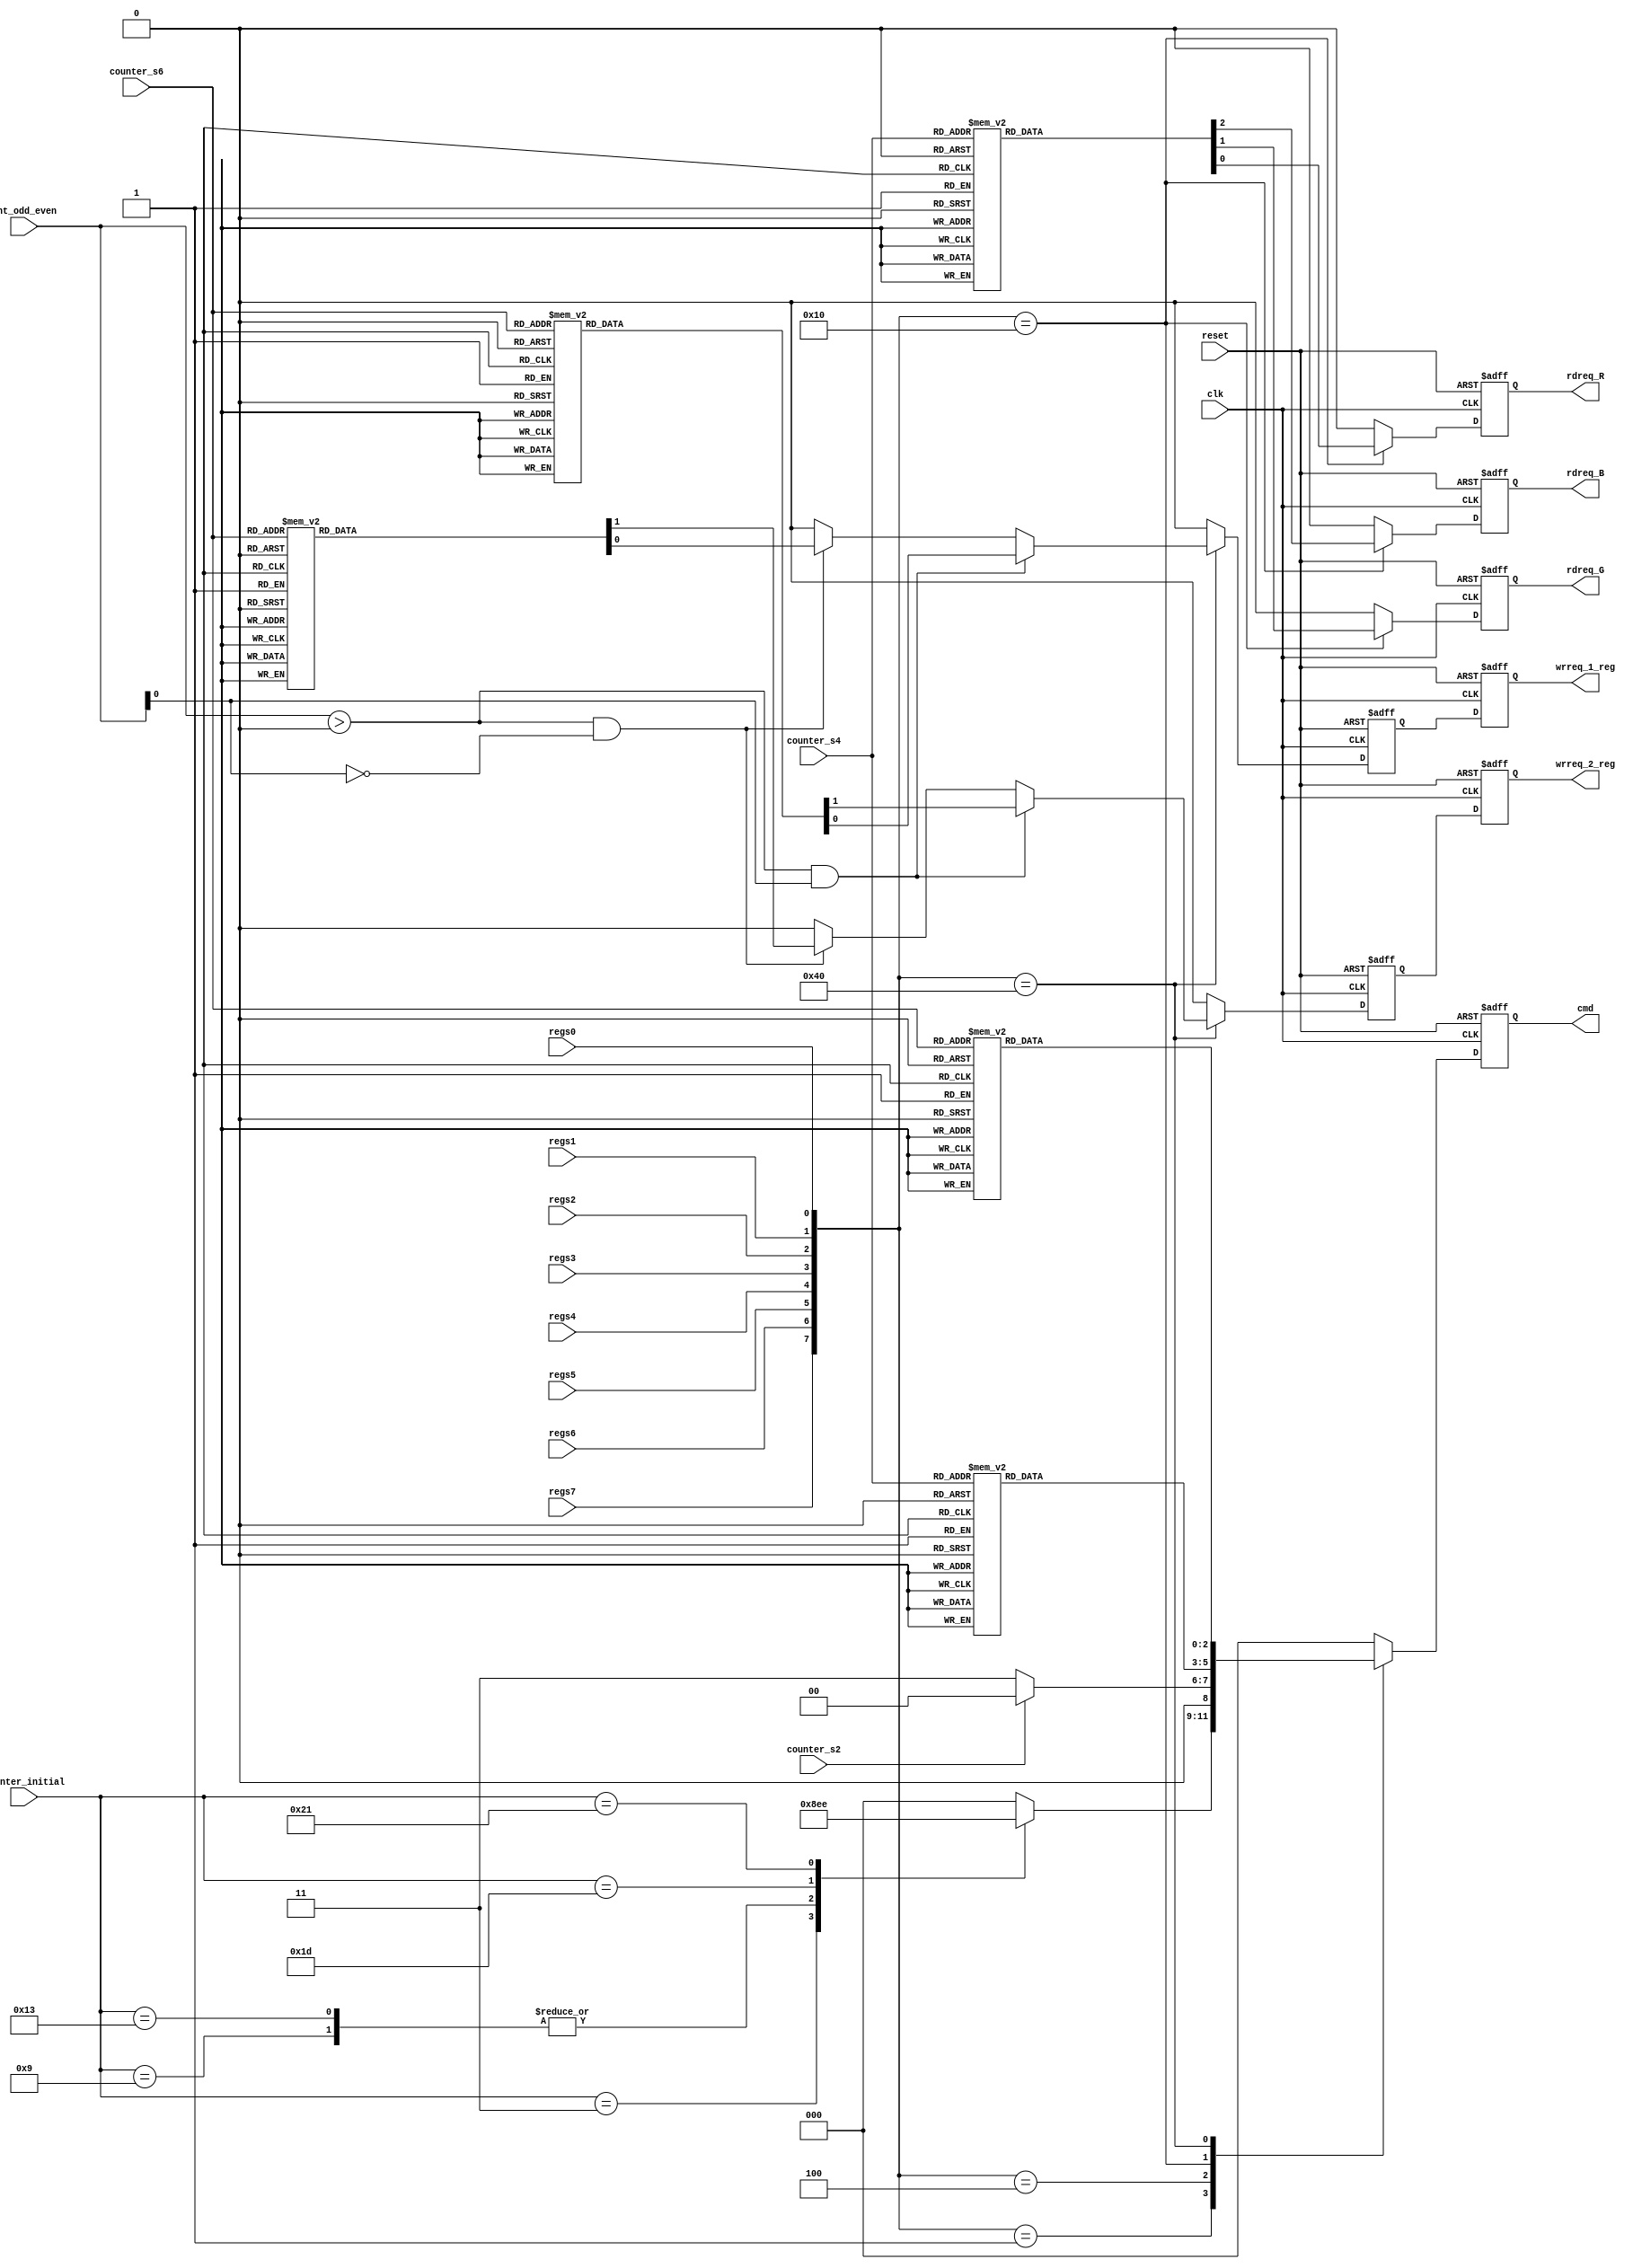
/************************************************************************************************** 
                                                                                                  
Copyright 2002-2003 , AI&R , Xi'an Jiao Tong University                                           
                                                                                                  
All Rights Reserved                                                                               
                                                                                                  
Version: 1.0                                                                                      
                                                                                                  
Author: Zeng Qiang

time  : 2005.02.23
                                                                                                  
**************************************************************************************************/
                                                                                                  
//JPEG2000  SDRAM Controller testbench

/*****************        SYNTHESIZABLE MODULES      ********************************************

Name:      cmd_gen
Function:  generate commands to sdram controller
Parameter: SDRAM : mt48lc32m16a2
           SDRAM Size:512Mbits
           row size:13
           column size:10
           bank size:4

***************************************************************************************************/ 

`timescale 1ns / 100ps
module  cmd_gen(
                   clk,
                   reset,
                   regs0,
                   regs1,
                   regs2,
                   regs3,
                   regs4,
                   regs5,
                   regs6,
                   regs7,
                   counter_initial,
                   counter_s2,
                   counter_s4,
                   counter_s6,
                   cnt_odd_even,
                   rdreq_R,
                   rdreq_G,
                   rdreq_B,
//                   wrreq_1,
//                   wrreq_2,
                   wrreq_1_reg,
                   wrreq_2_reg,
                   cmd
                   );

// s0 : initial
// s1 : nop
// s2 : refresh
// s3 : ref_end
// s4 : write
// s5 : wr_end
// s6 : read
// s7 : rd_end

// 000 : nop
// 001 : reada
// 010 : writea
// 011 : refresh
// 100 : precharge
// 101 : load_mode
// 110 : load_reg
// 111 : read


input           clk;
input           reset;
input           regs0;
input           regs1;
input           regs2;
input           regs3;
input           regs4;
input           regs5;
input           regs6;
input           regs7;
input[5:0]      counter_initial;
input           counter_s2;
input[4:0]      counter_s4;
input[4:0]      counter_s6;
input[4:0]      cnt_odd_even;

output          rdreq_R;
output          rdreq_G;
output          rdreq_B;
//output          wrreq_1;
//output          wrreq_2;

output          wrreq_1_reg;
output          wrreq_2_reg;

output[2:0]     cmd;

wire            clk;
wire            reset;
wire            regs0;
wire            regs1;
wire            regs2;
wire            regs3;
wire            regs4;
wire            regs5;
wire            regs6;
wire            regs7;
wire[5:0]       counter_initial;
wire            counter_s2;
wire[4:0]       counter_s4;
wire[4:0]       counter_s6;
wire[4:0]       cnt_odd_even;

reg             rdreq_R;
reg             rdreq_G;
reg             rdreq_B;
reg             wrreq_1_reg;
reg             wrreq_2_reg;
reg[2:0]        cmd;


always@(posedge clk or posedge reset)
begin
        if(reset==1)
                begin
                        cmd<=3'b000;
                end
        else case({regs7,regs6,regs5,regs4,regs3,regs2,regs1,regs0})
                8'b00000001:
                        begin
                                case(counter_initial)
                                        3:      cmd<=3'b100;            //precharge all banks
                                        9:      cmd<=3'b011;            //refresh
                                        19:     cmd<=3'b011;            //refresh
                                        29:     cmd<=3'b101;            //load mode
                                        33:     cmd<=3'b110;            //load reg
                                        default:
                                                cmd<=3'b000;
                                endcase 
                                
                        end
                8'b00000010:
                        begin
                                cmd<=3'b000;
                        end             
                8'b00000100:
                        begin
                                case(counter_s2)
                                        0:      cmd<=3'b011;
                                        default:
                                                cmd<=3'b000;
                                endcase
                        end
                8'b00001000:
                        begin
                                cmd<=3'b000;
                        end                     
                8'b00010000:
                        begin
                                case(counter_s4)
                                        1,2,3,4:
                                                cmd<=3'b010;            //FIFO-R
                                        5,6,7,8:
                                                cmd<=3'b000;
                                        9,10,11,12:
                                                cmd<=3'b010;            //FIFO-G
                                        13,14,15,16:
                                                cmd<=3'b000;
                                        17,18,19,20:
                                                cmd<=3'b010;            //FIFO-B
                                        21,22,23,24:
                                                cmd<=3'b000;
                                        default:
                                                cmd<=3'b000;
                                endcase
                        end
                8'b00100000:
                        begin
                                cmd<=3'b000;
                        end                     
                8'b01000000:
                        begin
                                case(counter_s6)
                                        2,3,4,5:
                                                cmd<=3'b111;            //FIFO1
                                        6,7,8,9:
                                                cmd<=3'b000;
                                        10,11,12,13:
                                                cmd<=3'b001;            //FIFO2
                                        14,15,16,17:
                                                cmd<=3'b000;
                                        default:
                                                cmd<=3'b000;
                                endcase 
                        end
                8'b10000000:
                        begin
                                cmd<=3'b000;
                        end                     
                default:
                        begin
                                cmd<=3'b000;
                        end
        endcase
end



// ******************************* rdreq_R / rdreq_G / rdreq_B ************************************
always@(posedge clk or posedge reset)
begin
        if(reset==1)
                begin
                        rdreq_R<=1'b0;
                        rdreq_G<=1'b0;
                        rdreq_B<=1'b0;
                end
        else case({regs7,regs6,regs5,regs4,regs3,regs2,regs1,regs0})
                8'b00010000:    //read fifo R,G,B & write sdram
                        begin
                                case(counter_s4)
                                        4,5,6,7,8,9,10,11:
                                                begin
                                                        rdreq_R<=1'b1;
                                                        rdreq_G<=1'b0;
                                                        rdreq_B<=1'b0;
                                                end
                                        12,13,14,15,16,17,18,19:
                                                begin
                                                        rdreq_R<=1'b0;
                                                        rdreq_G<=1'b1;
                                                        rdreq_B<=1'b0;
                                                end
                                        20,21,22,23,24,25,26,27:
                                                begin
                                                        rdreq_R<=1'b0;
                                                        rdreq_G<=1'b0;
                                                        rdreq_B<=1'b1;
                                                end
                                        default:
                                                begin
                                                        rdreq_R<=1'b0;
                                                        rdreq_G<=1'b0;
                                                        rdreq_B<=1'b0;                                                                                                             
                                                end
                                endcase         
                        end
                default:
                        begin
                                rdreq_R<=1'b0;
                                rdreq_G<=1'b0;
                                rdreq_B<=1'b0;                     
                        end
        endcase
end

// ************************************ wrreq_1 / wrreq_2 *****************************************

reg                wrreq_1;
reg                wrreq_2;


always@(posedge clk or posedge reset)
begin
        if(reset==1)
                begin
                        wrreq_1<=1'b0;
                        wrreq_2<=1'b0;
                end
        else case({regs7,regs6,regs5,regs4,regs3,regs2,regs1,regs0})
                8'b01000000:    //read sdram & write fifo 1,2
                        begin
                                if((cnt_odd_even>0) && (cnt_odd_even[0]==1))
                                        case(counter_s6)
                                                9,10,11,12,13,14,15,16,17,18,19,20,21,22,23,24:
                                                        begin
                                                                wrreq_1<=1'b1;
                                                                wrreq_2<=1'b0;
                                                        end
                                                default:
                                                        begin
                                                                wrreq_1<=1'b0;
                                                                wrreq_2<=1'b0;                                                                                     
                                                        end
                                        endcase
                                else if((cnt_odd_even>0) && (cnt_odd_even[0]==0))
                                        case(counter_s6)
                                                9,10,11,12,13,14,15,16,17,18,19,20,21,22,23,24:
                                                        begin
                                                                wrreq_1<=1'b0;
                                                                wrreq_2<=1'b1;
                                                        end
                                                default:
                                                        begin
                                                                wrreq_1<=1'b0;
                                                                wrreq_2<=1'b0;                                                                                     
                                                        end                                     
                                        endcase
                                else
                                        begin
                                                wrreq_1<=1'b0;
                                                wrreq_2<=1'b0;
                                        end
                        end
                default:
                        begin
                                wrreq_1<=1'b0;
                                wrreq_2<=1'b0;
                        end
        endcase
end


always@(posedge clk or posedge reset)
begin
        if(reset==1)
                begin
                        wrreq_1_reg<=1'b0;
                        wrreq_2_reg<=1'b0;
                end
        else
                begin
                        wrreq_1_reg<=wrreq_1;
                        wrreq_2_reg<=wrreq_2;
                end
end




endmodule